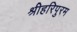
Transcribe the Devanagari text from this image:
श्रीहरिपुरम